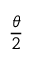
\frac { \theta } { 2 }